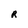
Character: R